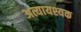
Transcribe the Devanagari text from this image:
अत्यायश्यक